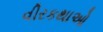
વીરકથાઓ